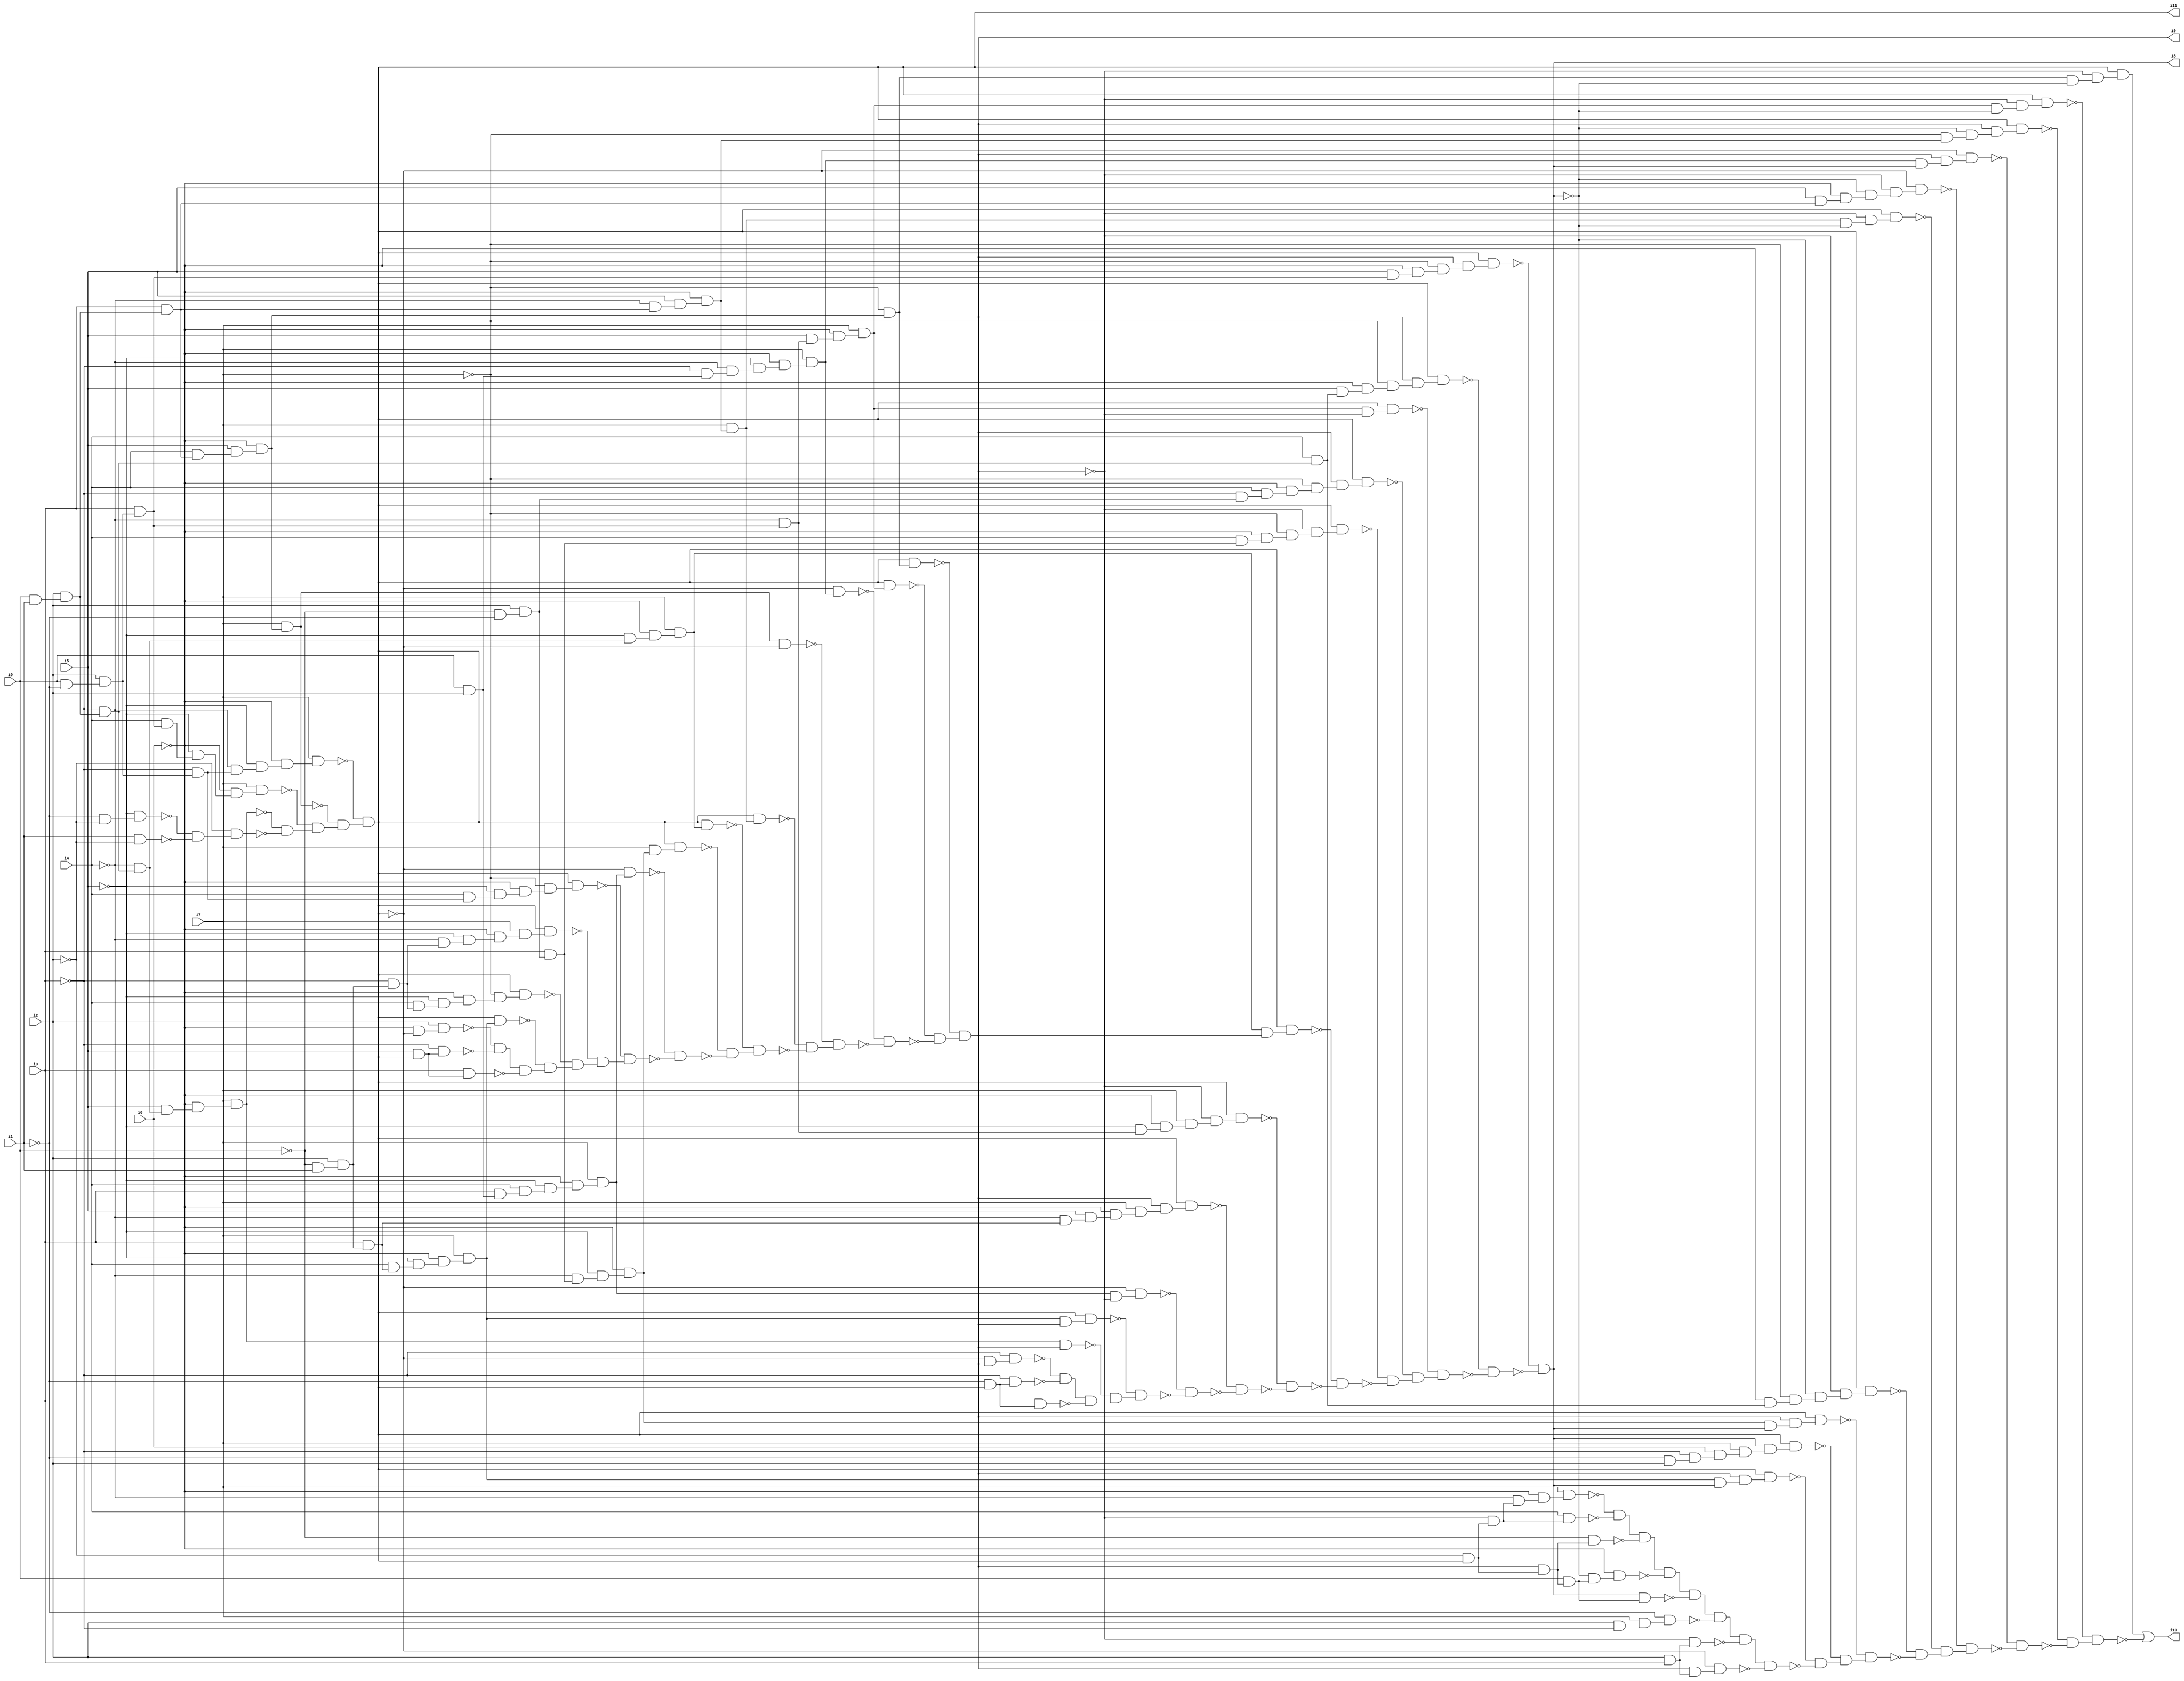
// Benchmark "SKOLEMFORMULA" written by ABC on Mon May  4 05:26:32 2020

module SKOLEMFORMULA ( 
    i0, i1, i2, i3, i4, i5, i6, i7,
    i8, i9, i10, i11  );
  input  i0, i1, i2, i3, i4, i5, i6, i7;
  output i8, i9, i10, i11;
  wire n13, n14, n15, n16, n17, n18, n19, n20, n21, n22, n23, n24, n25, n26,
    n27, n28, n29, n30, n31, n32, n33, n34, n35, n36, n37, n38, n39, n40,
    n41, n42, n43, n44, n46, n47, n48, n49, n50, n51, n52, n53, n54, n55,
    n56, n57, n58, n59, n60, n61, n62, n63, n64, n65, n66, n67, n68, n69,
    n70, n71, n72, n73, n74, n75, n76, n77, n78, n79, n80, n81, n82, n83,
    n84, n85, n86, n87, n88, n89, n90, n91, n92, n93, n94, n95, n96, n97,
    n98, n99, n100, n101, n102, n103, n104, n105, n106, n107, n108, n109,
    n110, n111, n112, n113, n114, n115, n116, n117, n118, n119, n120, n121,
    n122, n123, n124, n125, n127, n128, n129, n130, n131, n132, n133, n134,
    n135, n136, n137, n138, n139, n140, n141, n142, n143, n144, n145, n146,
    n147, n148, n149, n150, n151, n152, n153, n154, n155, n156, n157, n158,
    n159, n160, n161, n162, n163, n164, n165, n166, n167, n168, n169, n170,
    n171, n172, n173, n174, n175, n176, n177, n178, n179, n180, n181, n182,
    n183, n184, n185, n187, n188, n189, n190, n191, n192, n193, n194, n195,
    n196, n197, n198, n199, n200, n201, n202, n203, n204, n205, n206, n207,
    n208, n209, n210, n211, n212, n213, n214, n215, n216, n217, n218, n219,
    n220, n221, n222, n223, n224, n225, n226, n227, n228, n229, n230, n231,
    n232, n233, n234, n235, n236, n237, n238, n239, n240, n241, n242, n243,
    n244, n245, n246, n247, n248, n249, n250, n251, n252, n253, n254, n255,
    n256, n257, n258, n259;
  assign n13 = i0 & i1;
  assign n14 = i2 & n13;
  assign n15 = ~i3 & n14;
  assign n16 = ~i4 & n15;
  assign n17 = i5 & n16;
  assign n18 = ~i6 & n17;
  assign n19 = i7 & n18;
  assign n20 = i0 & ~i1;
  assign n21 = i2 & n20;
  assign n22 = i3 & n21;
  assign n23 = i4 & n22;
  assign n24 = ~i5 & n23;
  assign n25 = ~i6 & n24;
  assign n26 = i7 & n25;
  assign n27 = i3 & n14;
  assign n28 = i4 & n27;
  assign n29 = i5 & n28;
  assign n30 = ~i6 & n29;
  assign n31 = i7 & n30;
  assign n32 = ~i3 & n21;
  assign n33 = ~i4 & n32;
  assign n34 = ~i5 & n33;
  assign n35 = ~i6 & n34;
  assign n36 = i7 & n35;
  assign n37 = ~i1 & ~i2;
  assign n38 = ~i5 & n37;
  assign n39 = i1 & ~i2;
  assign n40 = ~n38 & ~n39;
  assign n41 = ~i2 & n40;
  assign n42 = ~n19 & ~n41;
  assign n43 = ~n26 & n42;
  assign n44 = ~n31 & n43;
  assign i11 = ~n36 & n44;
  assign n46 = ~i0 & i1;
  assign n47 = i2 & n46;
  assign n48 = i3 & n47;
  assign n49 = i4 & n48;
  assign n50 = ~i5 & n49;
  assign n51 = ~i6 & n50;
  assign n52 = i7 & n51;
  assign n53 = i11 & n52;
  assign n54 = ~i3 & n47;
  assign n55 = i4 & n54;
  assign n56 = ~i5 & n55;
  assign n57 = ~i6 & n56;
  assign n58 = ~i7 & n57;
  assign n59 = i11 & n58;
  assign n60 = ~i4 & n54;
  assign n61 = ~i5 & n60;
  assign n62 = ~i6 & n61;
  assign n63 = i7 & n62;
  assign n64 = i11 & n63;
  assign n65 = i4 & n32;
  assign n66 = ~i5 & n65;
  assign n67 = ~i6 & n66;
  assign n68 = ~i7 & n67;
  assign n69 = i11 & n68;
  assign n70 = i0 & i2;
  assign n71 = i3 & n70;
  assign n72 = i4 & n71;
  assign n73 = ~i5 & n72;
  assign n74 = ~i6 & n73;
  assign n75 = i7 & n74;
  assign n76 = ~i11 & n75;
  assign n77 = ~i0 & ~i1;
  assign n78 = i2 & n77;
  assign n79 = i3 & n78;
  assign n80 = ~i4 & n79;
  assign n81 = ~i5 & n80;
  assign n82 = ~i6 & n81;
  assign n83 = i7 & n82;
  assign n84 = i11 & n83;
  assign n85 = ~i5 & n16;
  assign n86 = ~i6 & n85;
  assign n87 = i7 & n86;
  assign n88 = i11 & n87;
  assign n89 = ~i4 & n27;
  assign n90 = i5 & n89;
  assign n91 = ~i6 & n90;
  assign n92 = i7 & n91;
  assign n93 = i11 & n92;
  assign n94 = n31 & ~i11;
  assign n95 = ~i3 & n70;
  assign n96 = ~i4 & n95;
  assign n97 = ~i5 & n96;
  assign n98 = ~i6 & n97;
  assign n99 = i7 & n98;
  assign n100 = ~i11 & n99;
  assign n101 = ~i4 & n22;
  assign n102 = i5 & n101;
  assign n103 = ~i6 & n102;
  assign n104 = i7 & n103;
  assign n105 = i11 & n104;
  assign n106 = ~i7 & n30;
  assign n107 = i11 & n106;
  assign n108 = ~i6 & ~i11;
  assign n109 = i2 & n108;
  assign n110 = i5 & i11;
  assign n111 = ~i3 & n110;
  assign n112 = ~n109 & ~n111;
  assign n113 = i3 & n110;
  assign n114 = n112 & ~n113;
  assign n115 = ~n53 & n114;
  assign n116 = ~n59 & n115;
  assign n117 = ~n64 & n116;
  assign n118 = ~n69 & n117;
  assign n119 = ~n76 & ~n118;
  assign n120 = ~n84 & ~n119;
  assign n121 = ~n88 & n120;
  assign n122 = ~n93 & ~n121;
  assign n123 = ~n94 & n122;
  assign n124 = ~n100 & ~n123;
  assign n125 = ~n105 & ~n124;
  assign i9 = ~n107 & n125;
  assign n127 = n19 & i9;
  assign n128 = n52 & i9;
  assign n129 = i11 & n128;
  assign n130 = n75 & ~i9;
  assign n131 = ~i11 & n130;
  assign n132 = ~i4 & n48;
  assign n133 = i5 & n132;
  assign n134 = ~i6 & n133;
  assign n135 = i7 & n134;
  assign n136 = i9 & n135;
  assign n137 = i11 & n136;
  assign n138 = ~i5 & n101;
  assign n139 = ~i6 & n138;
  assign n140 = i7 & n139;
  assign n141 = ~i9 & n140;
  assign n142 = i11 & n141;
  assign n143 = n87 & i9;
  assign n144 = i11 & n143;
  assign n145 = i4 & n79;
  assign n146 = ~i6 & n145;
  assign n147 = ~i7 & n146;
  assign n148 = ~i9 & n147;
  assign n149 = i11 & n148;
  assign n150 = ~i3 & n78;
  assign n151 = i4 & n150;
  assign n152 = ~i6 & n151;
  assign n153 = ~i7 & n152;
  assign n154 = i9 & n153;
  assign n155 = i11 & n154;
  assign n156 = n104 & ~i9;
  assign n157 = i11 & n156;
  assign n158 = i4 & n15;
  assign n159 = i5 & n158;
  assign n160 = ~i6 & n159;
  assign n161 = ~i7 & n160;
  assign n162 = i9 & n161;
  assign n163 = i11 & n162;
  assign n164 = i5 & n22;
  assign n165 = ~i6 & n164;
  assign n166 = ~i7 & n165;
  assign n167 = i9 & n166;
  assign n168 = i11 & n167;
  assign n169 = ~i11 & i9;
  assign n170 = ~i3 & n169;
  assign n171 = ~i1 & i11;
  assign n172 = ~i3 & n171;
  assign n173 = ~n170 & ~n172;
  assign n174 = i3 & n171;
  assign n175 = n173 & ~n174;
  assign n176 = ~n127 & n175;
  assign n177 = ~n129 & n176;
  assign n178 = ~n131 & ~n177;
  assign n179 = ~n137 & ~n178;
  assign n180 = ~n142 & ~n179;
  assign n181 = ~n144 & ~n180;
  assign n182 = ~n149 & ~n181;
  assign n183 = ~n155 & n182;
  assign n184 = ~n157 & n183;
  assign n185 = ~n163 & ~n184;
  assign i8 = ~n168 & ~n185;
  assign n187 = n52 & i8;
  assign n188 = i9 & n187;
  assign n189 = i11 & n188;
  assign n190 = ~i1 & i2;
  assign n191 = ~i3 & n190;
  assign n192 = i6 & n191;
  assign n193 = i7 & n192;
  assign n194 = i8 & n193;
  assign n195 = i11 & n194;
  assign n196 = n82 & i8;
  assign n197 = i9 & n196;
  assign n198 = i11 & n197;
  assign n199 = ~i6 & n158;
  assign n200 = ~i7 & n199;
  assign n201 = ~i8 & n200;
  assign n202 = ~i9 & n201;
  assign n203 = i11 & n202;
  assign n204 = n92 & ~i8;
  assign n205 = ~i9 & n204;
  assign n206 = i11 & n205;
  assign n207 = i5 & n27;
  assign n208 = ~i6 & n207;
  assign n209 = ~i8 & n208;
  assign n210 = ~i9 & n209;
  assign n211 = ~i11 & n210;
  assign n212 = n99 & i8;
  assign n213 = i9 & n212;
  assign n214 = ~i11 & n213;
  assign n215 = ~i7 & n91;
  assign n216 = ~i8 & n215;
  assign n217 = i9 & n216;
  assign n218 = i11 & n217;
  assign n219 = n104 & ~i8;
  assign n220 = ~i9 & n219;
  assign n221 = i11 & n220;
  assign n222 = n106 & ~i8;
  assign n223 = ~i9 & n222;
  assign n224 = i11 & n223;
  assign n225 = ~i2 & i11;
  assign n226 = ~i9 & n225;
  assign n227 = ~i4 & n226;
  assign n228 = ~i6 & n227;
  assign n229 = i7 & n228;
  assign n230 = i4 & n226;
  assign n231 = ~n229 & ~n230;
  assign n232 = i9 & n225;
  assign n233 = ~i0 & n232;
  assign n234 = n231 & ~n233;
  assign n235 = i0 & n232;
  assign n236 = ~i8 & n235;
  assign n237 = ~i6 & n236;
  assign n238 = n234 & ~n237;
  assign n239 = i8 & n235;
  assign n240 = n238 & ~n239;
  assign n241 = i2 & ~i3;
  assign n242 = i7 & n241;
  assign n243 = ~i1 & n242;
  assign n244 = n240 & ~n243;
  assign n245 = i2 & i3;
  assign n246 = ~i9 & n245;
  assign n247 = n244 & ~n246;
  assign n248 = i9 & n245;
  assign n249 = ~i11 & n248;
  assign n250 = n247 & ~n249;
  assign n251 = ~n189 & ~n250;
  assign n252 = ~n195 & n251;
  assign n253 = ~n198 & n252;
  assign n254 = ~n203 & ~n253;
  assign n255 = ~n206 & n254;
  assign n256 = ~n211 & n255;
  assign n257 = ~n214 & ~n256;
  assign n258 = ~n218 & ~n257;
  assign n259 = ~n221 & n258;
  assign i10 = n224 | ~n259;
endmodule